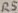
Text: R5